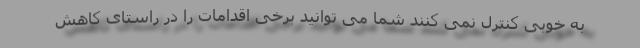
به خوبی کنترل نمی کنند شما می توانید برخی اقدامات را در راستای کاهش